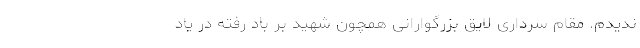
ندیدم. مقام سرداری لایق بزرگوارانی همچون شهید بر باد رفته در یاد